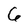
Character: 6